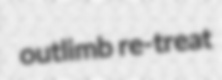
outlimb re-treat